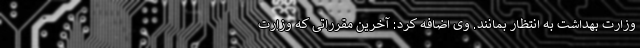
وزارت بهداشت به انتظار بمانند. وی اضافه کرد: آخرین مقرراتی که وزارت